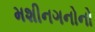
મશીનગનોનો